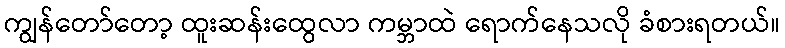
ကျွန်တော်တော့ ထူးဆန်းထွေလာ ကမ္ဘာထဲ ရောက်နေသလို ခံစားရတယ်။